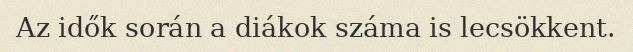
Az idők során a diákok száma is lecsökkent.